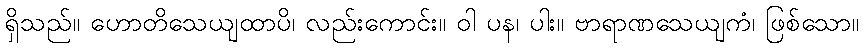
ရှိသည်။ ဟောတိသေယျထာပိ၊ လည်းကောင်း။ ဝါ ပန၊ ပါး။ ဗာရာဏသေယျကံ၊ ဖြစ်သော။